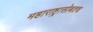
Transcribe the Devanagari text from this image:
महाराष्ट्रासोबतच